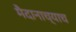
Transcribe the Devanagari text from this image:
मैदानाच्याच